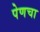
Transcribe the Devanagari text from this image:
पेणचा